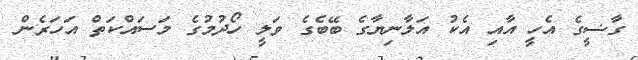
ގާޟީގެ އެހީ އާއި އެކު އަލާނިޔާގެ ބޭބެގެ ވަލީ ހޯދުމުގެ މަސައްކަތް އަހަރެން